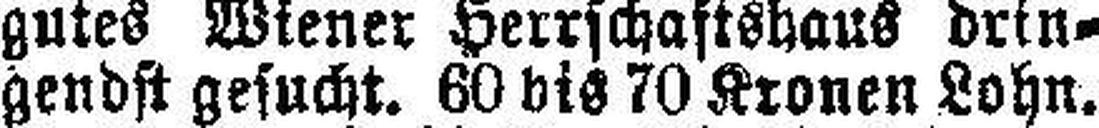
gendst gesucht. 60 bis 70 Kronen Lohn.